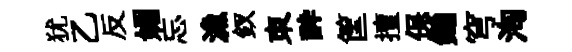
犹乙反媚忘漁釵朿酔筐擅保鋤穹洵